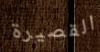
القصيرة